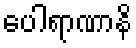
ပေါရာဏာနိ